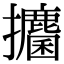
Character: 攟